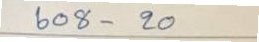
608 - 20